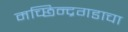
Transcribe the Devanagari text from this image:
मच्छिन्द्रगडाचा